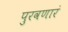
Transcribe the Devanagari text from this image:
पुरवणारं